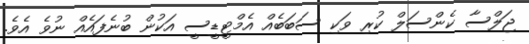
ޖަލްސާ ކެންސަލް ކުރި ވަކި ސަބަބެއް އެމްޓީޑީސީ އަކުން ބުނެފައެއް ނުވެ އެވެ.